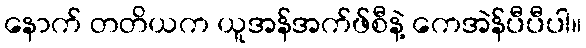
နောက် တတိယက ယူအန်အက်ဖ်စီနဲ့ ကေအဲန်ပီပီပါ။